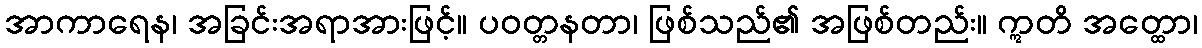
အာကာရေန၊ အခြင်းအရာအားဖြင့်။ ပဝတ္တနတာ၊ ဖြစ်သည်၏ အဖြစ်တည်း။ ဣတိ အတ္ထော၊